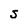
Character: s